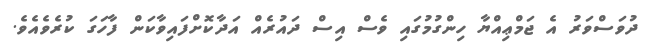
ދުވަސްވަރު އެ ޖަމްޢިއްޔާ ހިންގުމުގައި ވެސް އިސް ދައުރެއް އަދާކޮށްފައިވާކަން ފާހަގަ ކުރެވެއެވެ.